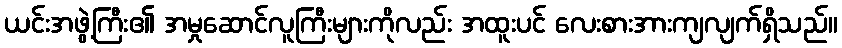
ယင်းအဖွဲ့ကြီး၏ အမှုဆောင်လူကြီးများကိုလည်း အထူးပင် လေးစားအားကျလျက်ရှိသည်။